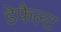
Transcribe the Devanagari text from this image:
डेफैल्ट